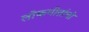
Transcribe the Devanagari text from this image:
लोकगीतांची